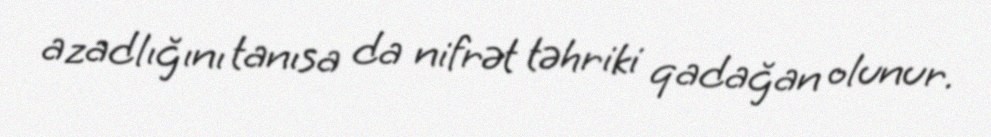
azadlığını tanısa da nifrət təhriki qadağan olunur.